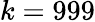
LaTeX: k=999